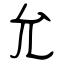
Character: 允